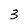
Character: 3